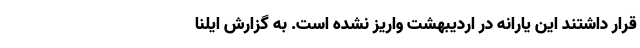
قرار داشتند این یارانه در اردیبهشت واریز نشده است. به گزارش ایلنا